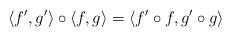
LaTeX: \begin{align*}\langle f',g'\rangle \circ \langle f,g \rangle = \langle f' \circ f , g' \circ g \rangle \end{align*}